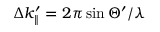
\Delta k _ { \parallel } ^ { \prime } = 2 \pi \sin \Theta ^ { \prime } / \lambda